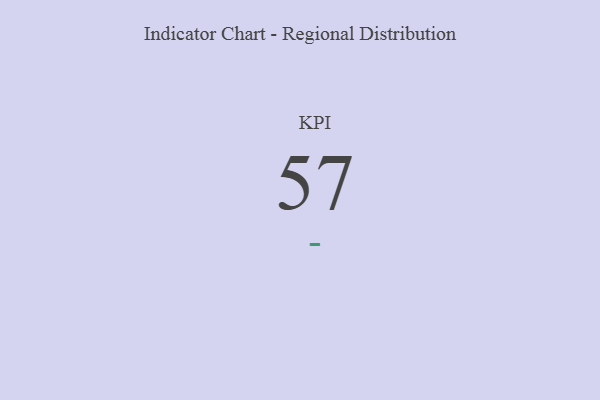
{"axis": {"x": "KPI", "y": "Value"}, "legend": [""], "data": [{"x": "KPI", "y": 57, "type": ""}]}